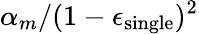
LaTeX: \alpha_{m}/(1-\epsilon_{\mathrm{single}})^{2}